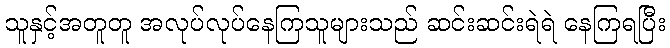
သူနှင့်အတူတူ အလုပ်လုပ်နေကြသူများသည် ဆင်းဆင်းရဲရဲ နေကြရပြီး